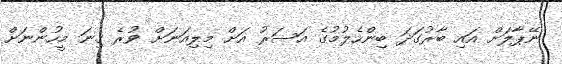
ނޭޕާލަށް އައި ބާރުގަދަ ބިންހެލުމުގެ އަސަރު އަށް މިލިއަނަަށް ވުރެ ގިނަ މީހުންނަށް